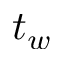
t _ { w }